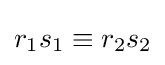
r_{1}s_{1}\equiv r_{2}s_{2}